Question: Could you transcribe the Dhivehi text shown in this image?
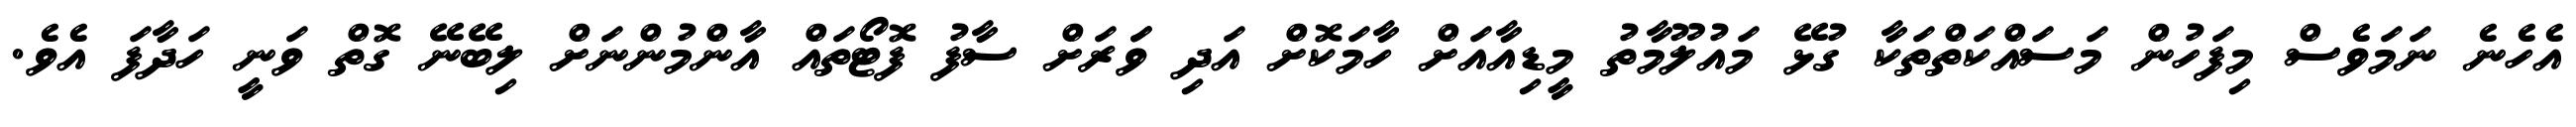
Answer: އެހެނެ ނަމަވެސް މިފަހުން މަސައްކަތްތަކާ ގުޅޭ މައުލޫމާތު މީޑިއާއަށް ހާމަކޮށް އަދި ވަަރަށް ސާފު ފޮޓޯތައް އާންމުންނަށް ލިބޭނޭ ގޮތް ވަނީ ހަދާފަ އެވެ.